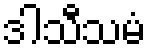
ဒါသီသမံ